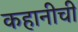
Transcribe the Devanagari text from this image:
कहानीची